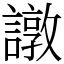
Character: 譈